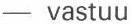
- vastuu